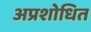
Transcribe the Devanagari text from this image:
अप्रशोधित